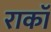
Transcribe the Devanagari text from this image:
राकॉ